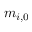
m _ { i , 0 }